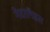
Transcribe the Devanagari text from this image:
नेदरलँडस